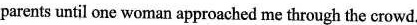
parents until one woman approached me through the crowd.